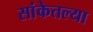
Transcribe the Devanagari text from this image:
सांकेतल्या